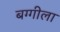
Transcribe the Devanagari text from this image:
बग्गीला